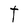
Character: T